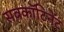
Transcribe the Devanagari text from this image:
सबकॉटिनेंट